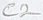
Text: C2